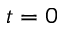
t = 0